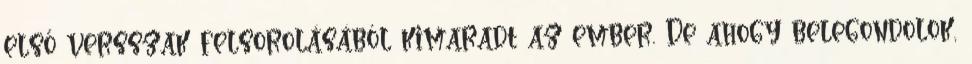
első versszak felsorolásából kimaradt az ember. De ahogy belegondolok,